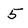
Character: 5